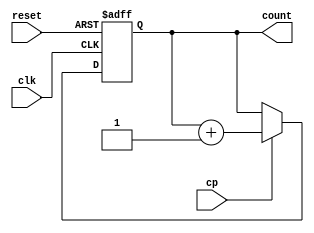
module pc(cp, clk, reset, count);

input cp, clk, reset ;
output reg [3:0]count ;


always @(posedge clk or negedge reset )
begin 
    if (~reset) count <= 4'b0000 ;
	 else
	 begin 
		if (cp) count <= count + 4'b0001 ;
	 end
end 


endmodule